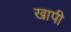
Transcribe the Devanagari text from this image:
खापी